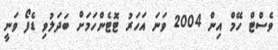
ވެސްޓް ހޭމް އިން 2004 ވަނަ އަހަރު ޓޮޓެންހަމަށް ބަދަލުވި ޑެފޯ ވަނީ